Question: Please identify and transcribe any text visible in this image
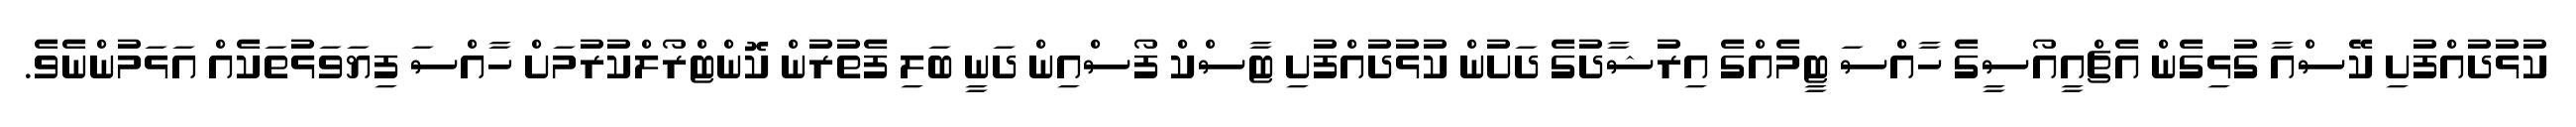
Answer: ކުޅުދުއްފުށި ކޭސްއާ ގުޅިގެން އެޗްއީއޯސީގެ ހާއްސަ ޓީމެއްގެ އިރުޝާދުގެ ދަށުން ކުޅުދުއްފުށި ޓާސްކް ފޯސްއިން ދަނީ ބަލި ފެތުރުން ކޮންޓްރޯލްކުރުމަށް ހާއްސަ ފިޔަވަޅުތަކެއް އަޅަމުންނެވެ.